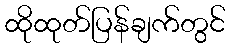
ထိုထုတ်ပြန်ချက်တွင်